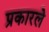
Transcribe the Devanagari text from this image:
प्रकारले